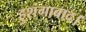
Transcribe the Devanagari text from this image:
हुशंगाबाद।